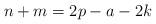
LaTeX: \begin{align*} n+m = 2p-a-2k \end{align*}